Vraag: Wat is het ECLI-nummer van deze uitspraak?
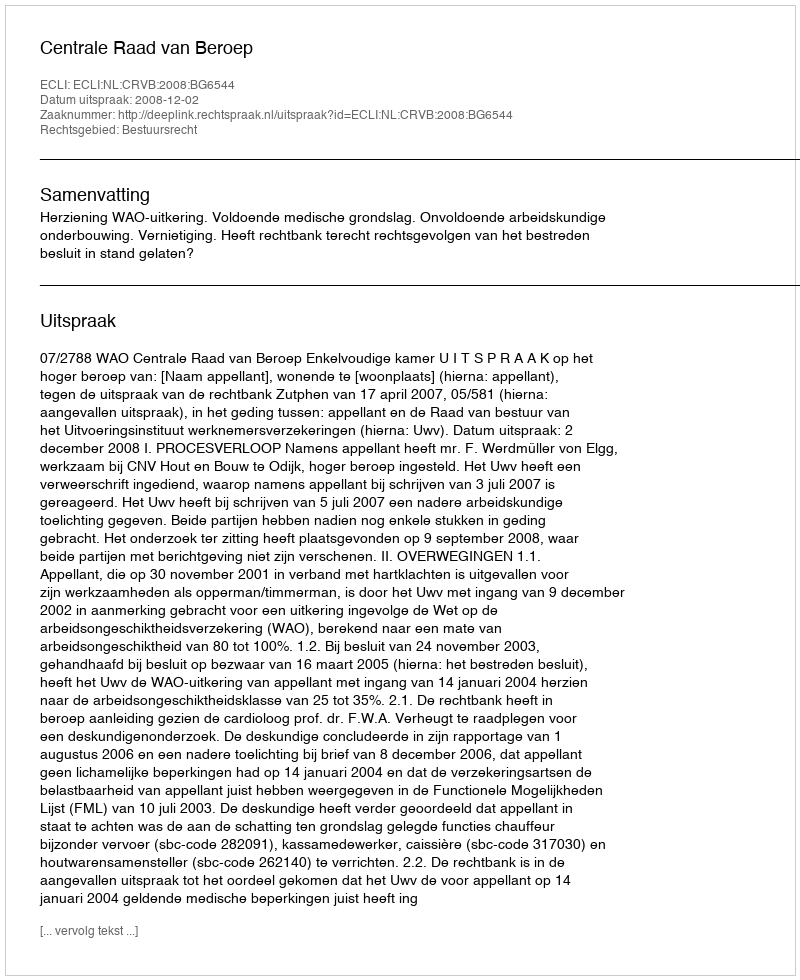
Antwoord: ECLI:NL:CRVB:2008:BG6544